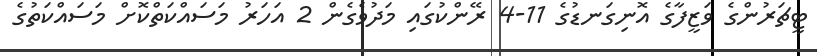
ޓީޗަރުންގެ ވަޒީފާގެ އޮނިގަނޑުގެ 11-4 ރޭންކުގައި މަދުވެގެން 2 އަހަރު މަސައްކަތްކޮށް މަސައްކަތުގެ